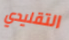
التقليدي